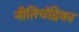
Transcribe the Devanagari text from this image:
नीतिचंद्रिका